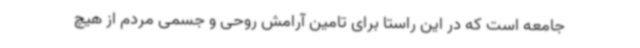
جامعه است که در این راستا برای تامین آرامش روحی و جسمی مردم از هیچ